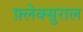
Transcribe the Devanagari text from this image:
फ़्लेक्सुराल